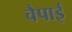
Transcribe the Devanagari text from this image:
चैपाई